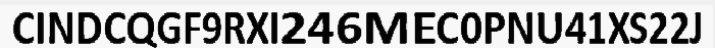
CINDCQGF9RXI246MEC0PNU41XS22J